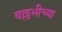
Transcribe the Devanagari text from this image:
वल्लभीच्या